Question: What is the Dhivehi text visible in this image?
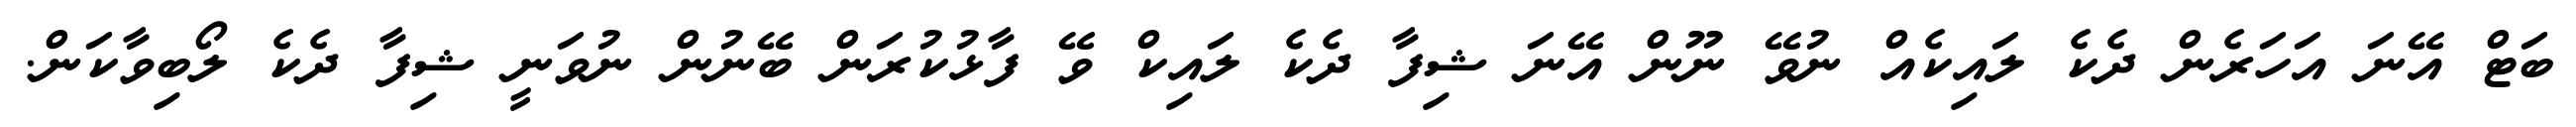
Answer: ބަޓް އޭނަ އަހަރެން ދެކެ ލައިކެއް ނުވޭ ނޫން އޭނަ ޝިފާ ދެކެ ލައިކް ވޭ ފާޅުކުރަން ބޭނުން ނުވަނީ ޝިފާ ދެކެ ލޯބިވާކަން.